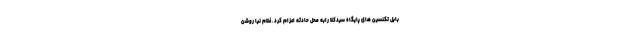
بابل تکنسین های پایگاه سیدکلا رابه محل حادثه اعزام کرد. غلام نیا روشن